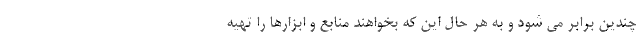
چندین برابر می شود و به هر حال این که بخواهند منابع و ابزارها را تهیه